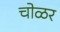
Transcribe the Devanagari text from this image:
चोळर